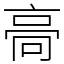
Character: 䯧